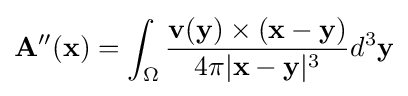
\mathbf {A''} (\mathbf {x} )=\int _{\Omega }{\frac {\mathbf {v} (\mathbf {y} )\times (\mathbf {x} -\mathbf {y} )}{4\pi |\mathbf {x} -\mathbf {y} |^{3}}}d^{3}\mathbf {y}